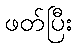
ဖတ်ပြီး